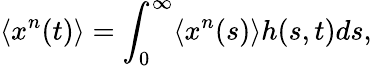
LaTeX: \langle x^{n}(t)\rangle=\int_{0}^{\infty}\langle x^{n}(s)\rangle h(s,t)ds,